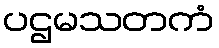
ပဌမသတကံ